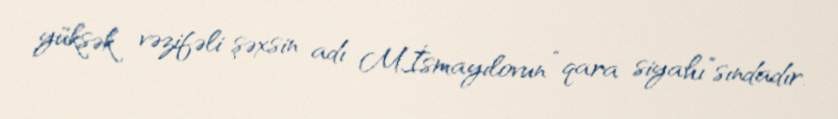
yüksək vəzifəli şəxsin adı M.İsmayılovun “qara siyahı”sındadır.